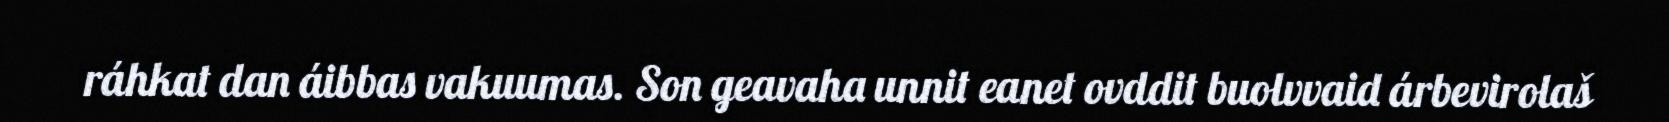
ráhkat dan áibbas vakuumas. Son geavaha unnit eanet ovddit buolvvaid árbevirolaš